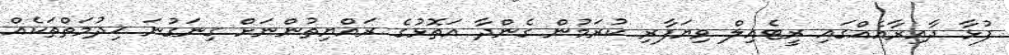
ފުޅާ ދާއިރާއެއްގައި ރީޓެއިލް ވިޔަފާރި ކުރަމުން ގެންދާ އަތޮޅުގެ ރައްޔިތުންނަށް ގިނަގުނަ ޚިދުމަތްތަކެއް